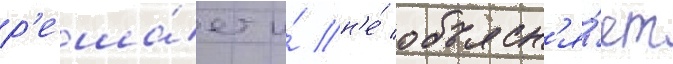
р'еша́ет и́ н'е́ объясн'я́ет